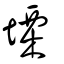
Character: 塛